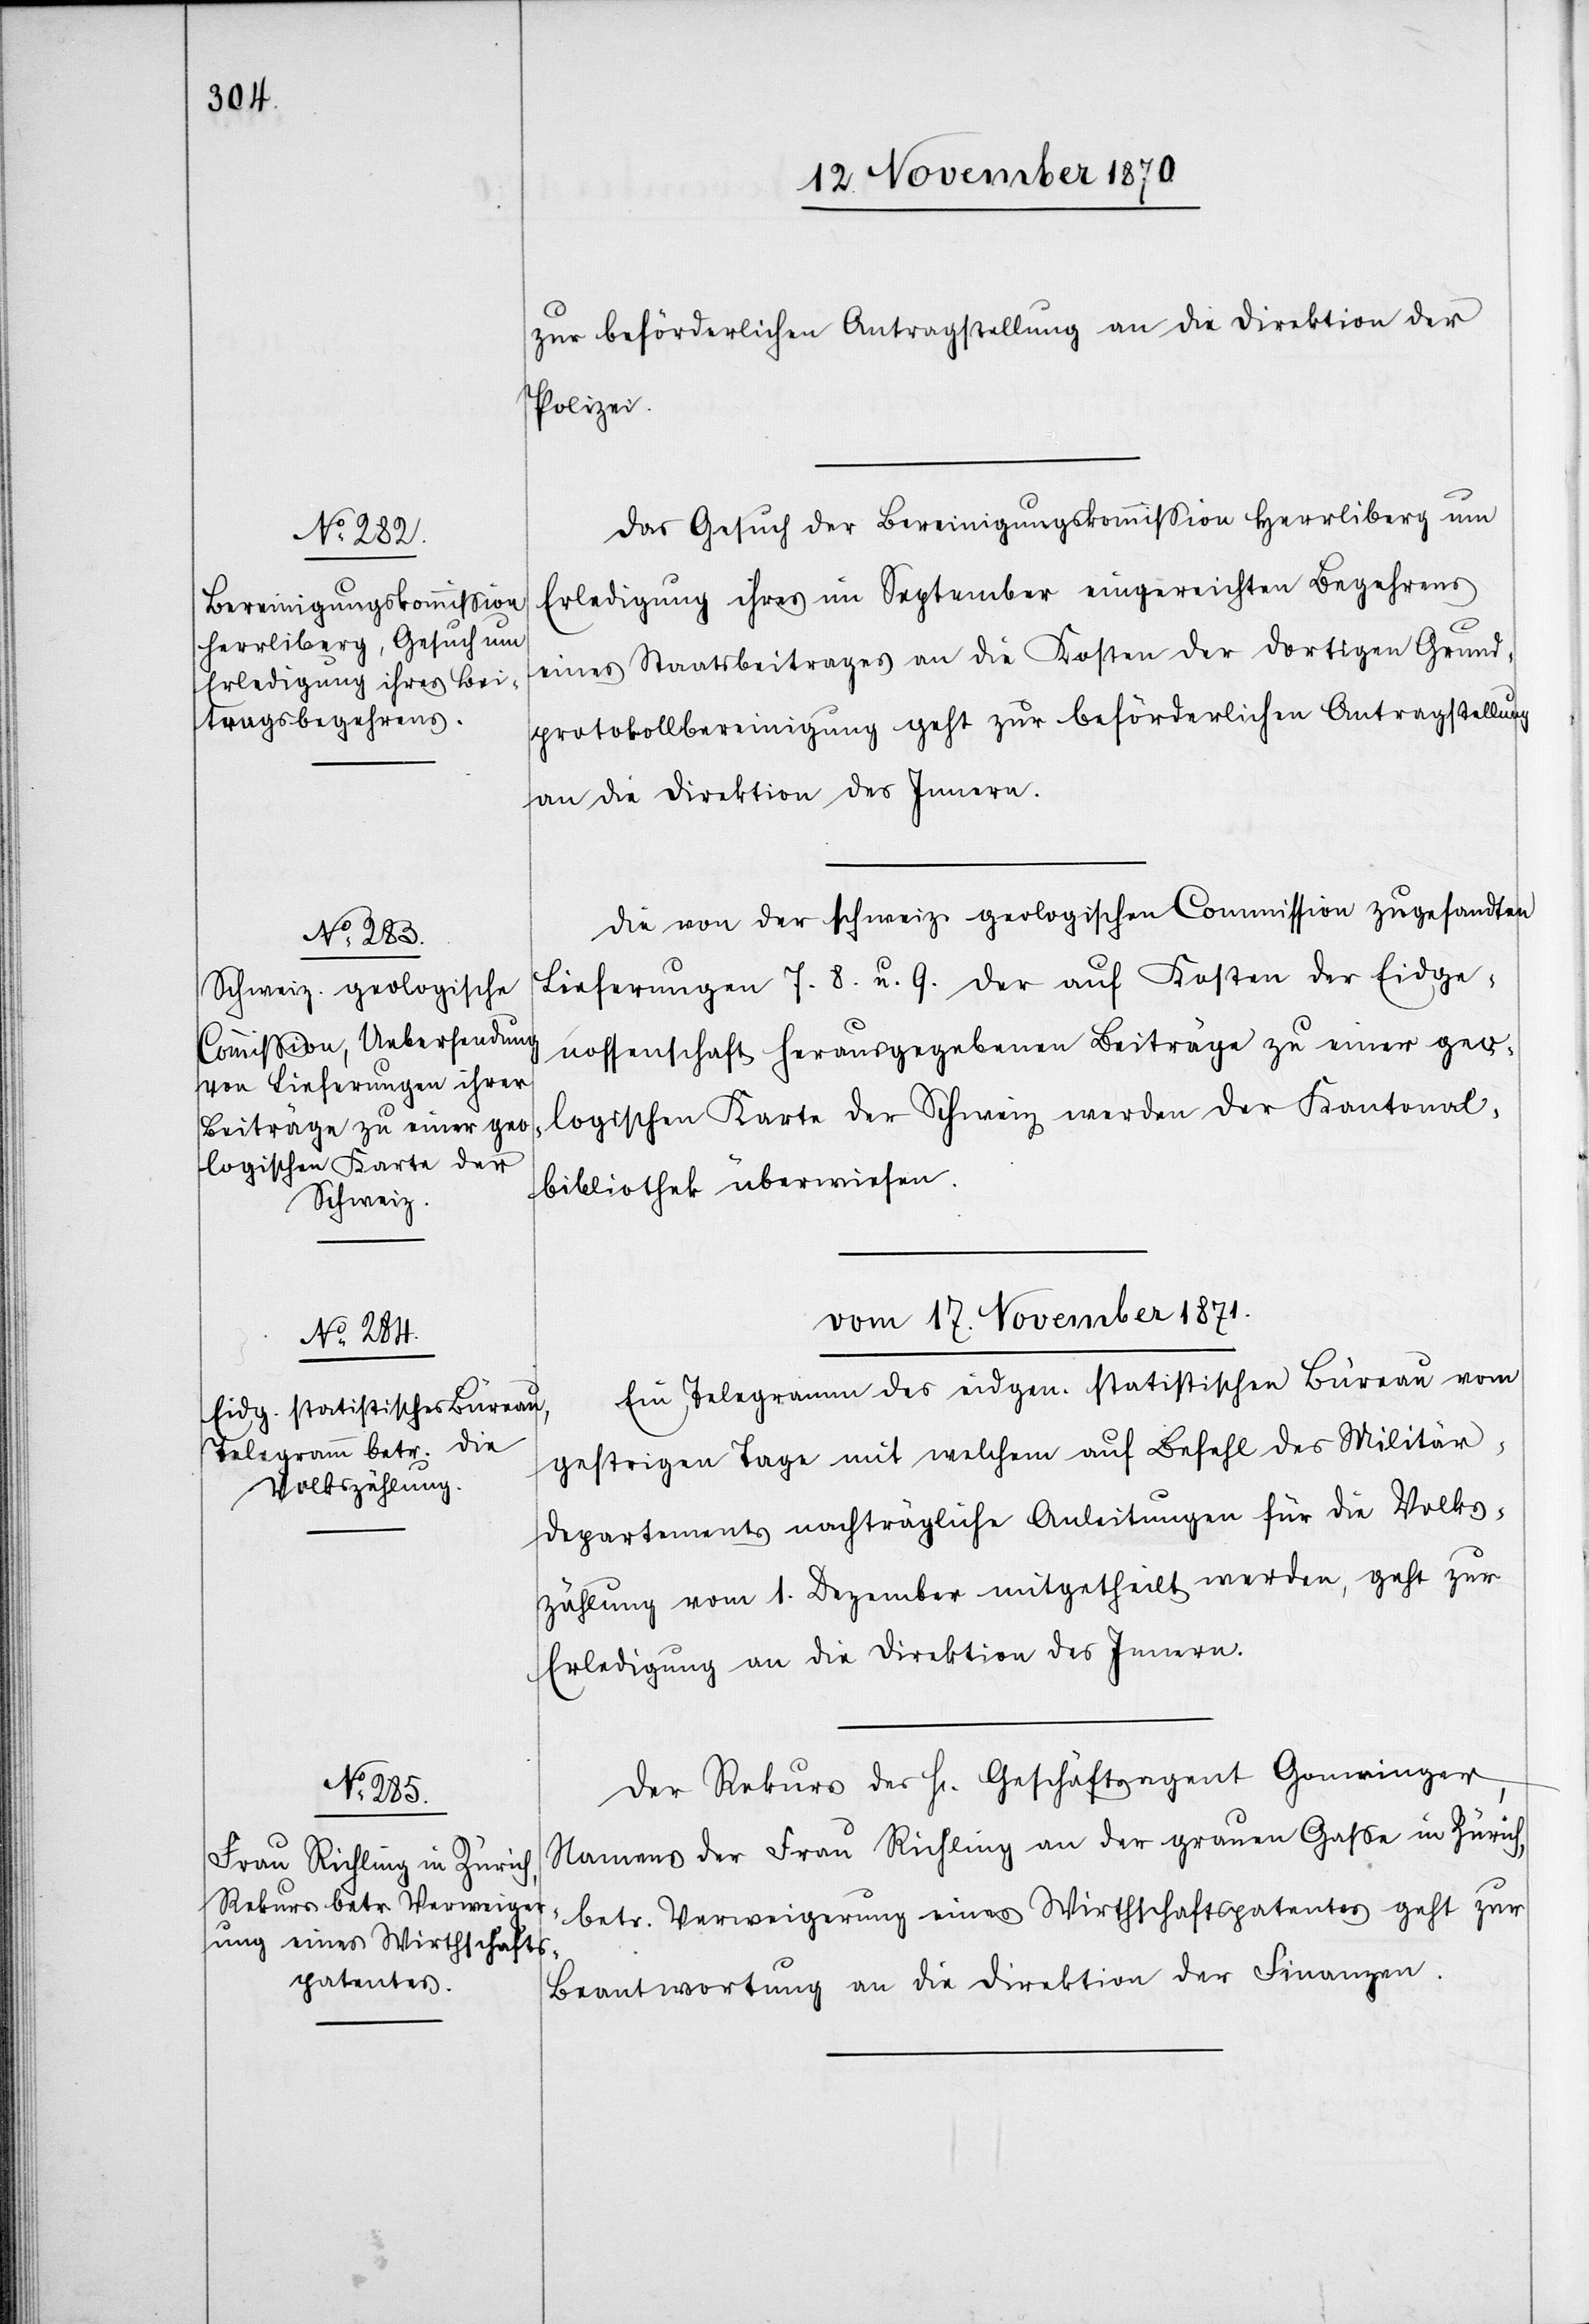
16. November 1870.]
zur beförderlichen Antragstellung an die Direktion der
Polizei.
Das Gesuch der Bereinigungskommißion Herrliberg um
Erledigung ihres im September eingereichten Begehrens
eines Staatsbeitrages an die Kosten der dortigen Grund¬
protokollbereinigung geht zur beförderlichen Antragstellung
an die Direktion des Innern.
Die von der schweiz. geologischen Commission zugesandten
Lieferungen 7. 8. u. 9. der auf Kosten der Eidge¬
nossenschaft herausgegebenen Beiträge zu einer geo¬
logischen Karte der Schweiz werden der Kantonal¬
bibliothek überwiesen.
Vom 17. November 1870.]
Ein Telegramm des eidgen. statistischen Büreau vom
gestrigen Tage mit welchem auf Befall des Militär¬
departements nachträgliche Anleitungen für die Volks¬
zählung vom 1. Dezember mitgetheilt werden, geht zur
Erledigung an die Direktion des Innern.
Der Rekurs des H[errn] Geschäftsagent Gomringer,
Namens der Frau Richling an der grauen Gaße in Zürich,
betr. Verweigerung eines Wirthschaftspatentes geht zur
Beantwortung an die Direktion der Finanzen.